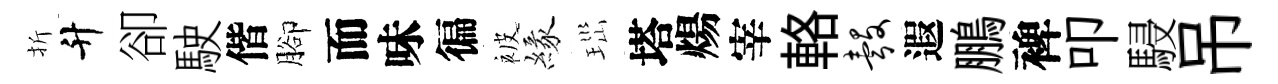
折升卻駛偕腳而味徧被緣𤤼塔煬宰輅彀遐鵬裨叩駸吊